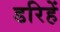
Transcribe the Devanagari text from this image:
डरिहें